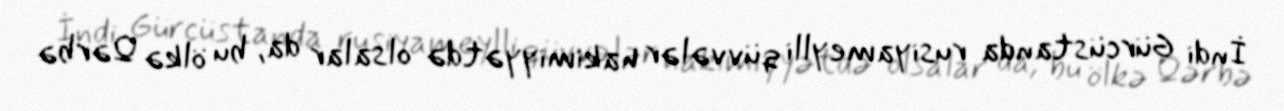
İndi Gürcüstanda rusiyameylli qüvvələr hakimiyyətdə olsalar da, bu ölkə Qərbə